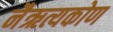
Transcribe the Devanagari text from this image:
नैऋत्यकोण